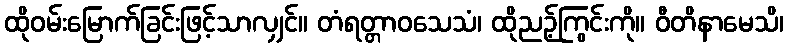
ထိုဝမ်းမြောက်ခြင်းဖြင့်သာလျှင်။ တံရတ္တာဝသေသံ၊ ထိုညဉ့်ကြွင်းကို။ ဝီတိနာမေသိ၊